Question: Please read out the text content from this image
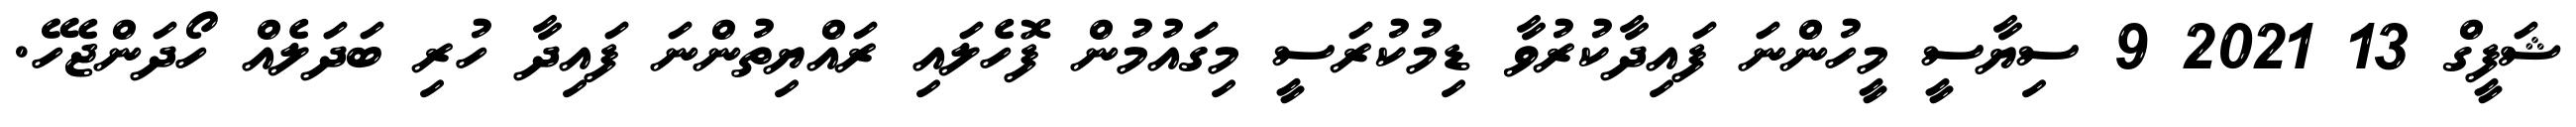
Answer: ޝަފީގް 13 2021 9 ސިޔާސީ މީހުންނަ ފައިދާކުރުވާ ޑިމުކުރަސީ މިގައުމުން ފޮހެލައި ރައްޔިތުންނަ ފައިދާ ހުރި ބަދަލެއް ހޯދަންޖެހޭ.